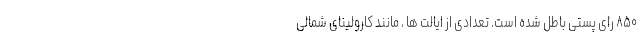
۸۵۰ رای پستی باطل شده است. تعدادی از ایالت ها ، مانند کارولینای شمالی